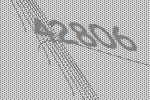
42806